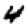
Digit: 4